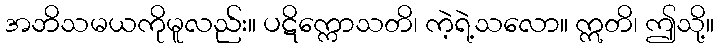
အဘိသမယကိုမူလည်း။ ပဋိက္ကောသတိ၊ ကဲ့ရဲ့သလော။ ဣတိ၊ ဤသို့။